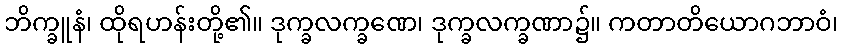
ဘိက္ခူနံ၊ ထိုရဟန်းတို့၏။ ဒုက္ခလက္ခဏေ၊ ဒုက္ခလက္ခဏာ၌။ ကတာတိယောဂဘာဝံ၊